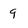
Character: 9